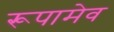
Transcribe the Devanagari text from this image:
रूपामेव